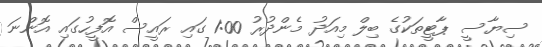
ސިޔާސީ ޕާޓީތަކުގެ ބިލް މިއަދު މެންދުރު 1:00 ގައި ރައީސް އޮފީހުގައި އޮންނަ